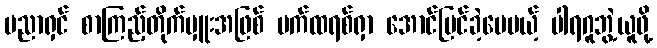
ပညာရှင် စာကြည့်တိုက်မှူးအဖြစ် ပက်ထရစ်ရှာ အောင်မြင်ခဲ့ပေမယ့် ပါရဂူဘွဲ့ယူဖို့